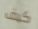
كيف